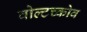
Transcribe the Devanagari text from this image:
वोल्टच्कोव